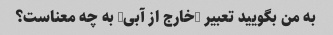
به من بگویید تعبیر "خارج از آبی" به چه معناست؟